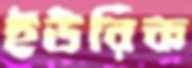
ইউরিক